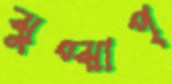
ঝুপ্ঝাপ্